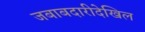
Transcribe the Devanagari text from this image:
जबाबदारीदेखिल